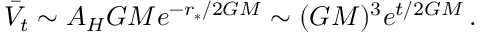
\bar { V } _ { t } \sim A _ { H } G M e ^ { - r _ { * } / 2 G M } \sim ( G M ) ^ { 3 } e ^ { t / 2 G M } \, .